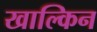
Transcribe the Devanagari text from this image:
खाल्किन